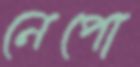
নেপো